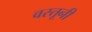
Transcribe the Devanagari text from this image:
वस्तूनी